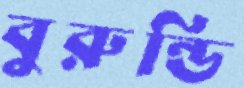
বুরুন্ডি